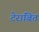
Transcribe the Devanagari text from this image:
टेराबित